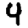
Digit: 4